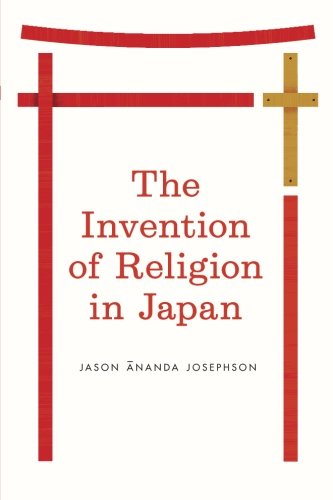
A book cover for The Invention of Religion in Japan; Jason Ananda Josephson; Religion & Spirituality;